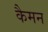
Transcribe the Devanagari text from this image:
कैमन